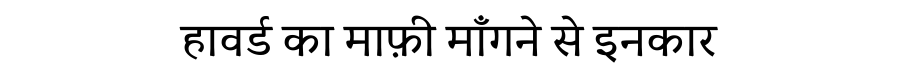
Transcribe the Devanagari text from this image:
हावर्ड का माफ़ी माँगने से इनकार